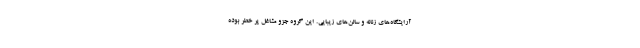
آرایشگاه‌های زنانه و سالن‌های زیبایی. این گروه‌ جزو مشاغل پر خطر بوده